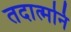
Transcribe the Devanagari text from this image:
तदात्मनि